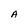
Character: A